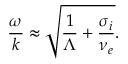
\frac { \omega } { k } \approx \sqrt { \frac { 1 } { \Lambda } + \frac { \sigma _ { i } } { \nu _ { e } } } .